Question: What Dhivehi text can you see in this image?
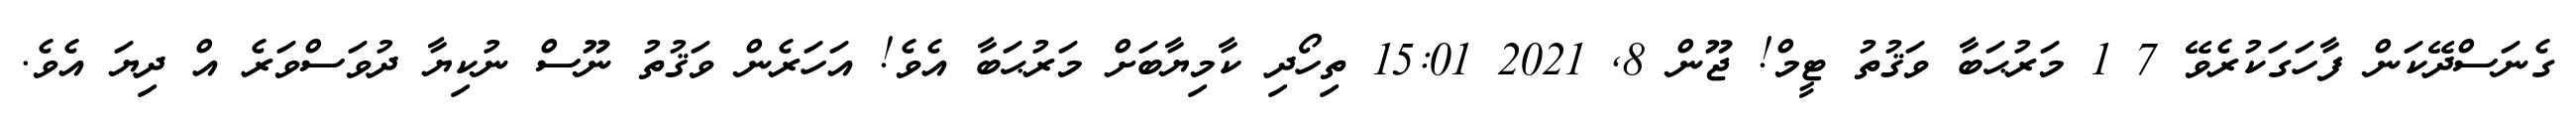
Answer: ގެނަސްދޭކަން ފާހަގަކުރެވޭ 7 1 މަރުޙަބާ ވަޤުތު ޓީމް! ޖޫން 8, 2021 15:01 ތިހޯދި ކާމިޔާބަށް މަރުޙަބާ އެވެ! އަހަރެން ވަޤުތު ނޫސް ނުކިޔާ ދުވަސްވަރެ އް ދިޔަ އެވެ.